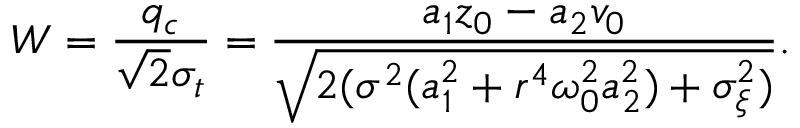
W = \frac { q _ { c } } { \sqrt { 2 } \sigma _ { t } } = \frac { a _ { 1 } z _ { 0 } - a _ { 2 } v _ { 0 } } { \sqrt { 2 ( \sigma ^ { 2 } ( a _ { 1 } ^ { 2 } + r ^ { 4 } { \omega _ { 0 } ^ { 2 } } a _ { 2 } ^ { 2 } ) + \sigma _ { \xi } ^ { 2 } ) } } .